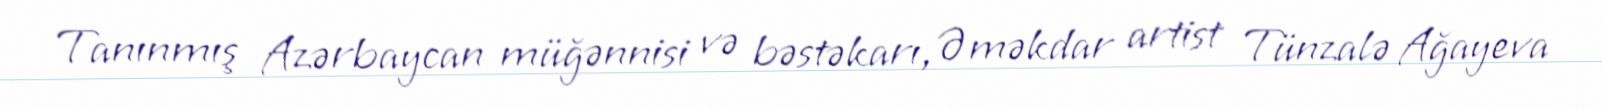
Tanınmış Azərbaycan müğənnisi və bəstəkarı, Əməkdar artist Tünzalə Ağayeva